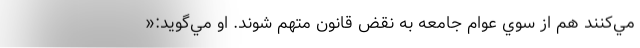
مي‌كنند هم از سوي عوام جامعه به نقض قانون متهم شوند. او مي‌گويد:«